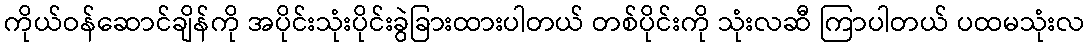
ကိုယ်ဝန်ဆောင်ချိန်ကို အပိုင်းသုံးပိုင်းခွဲခြားထားပါတယ် တစ်ပိုင်းကို သုံးလဆီ ကြာပါတယ် ပထမသုံးလ